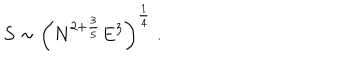
S \sim \left( N ^ { 2 + \frac { 3 } { 5 } } E ^ { 3 } \right) ^ { \frac { 1 } { 4 } } \; .